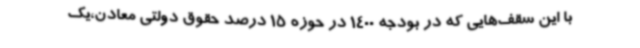
با این سقف‌هایی که در بودجه 1400 در حوزه 15 درصد حقوق دولتی معادن،یک